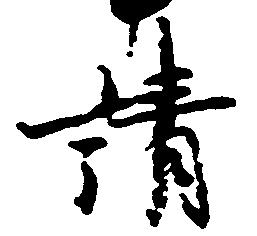
請